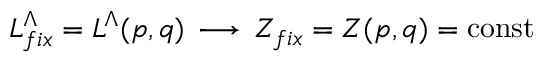
L _ { f i x } ^ { \Lambda } = L ^ { \Lambda } ( p , q ) \, \longrightarrow \, Z _ { f i x } = Z ( p , q ) = \mathrm { c o n s t }